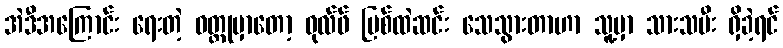
အဲဒီအကြောင်း ရေးတဲ့ ဝတ္ထုမှာတော့ ဝုလ်ဖ် မြစ်ထဲဆင်း သေသွားတာဟာ သူ့မှာ သားသမီး ရှိခဲ့ရင်